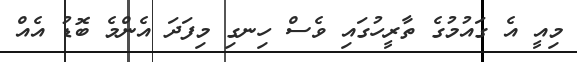
މިއީ އެ ގައުމުގެ ތާރީހުގައި ވެސް ހިނގި މިފަދަ އެންމެ ބޮޑު އެއް